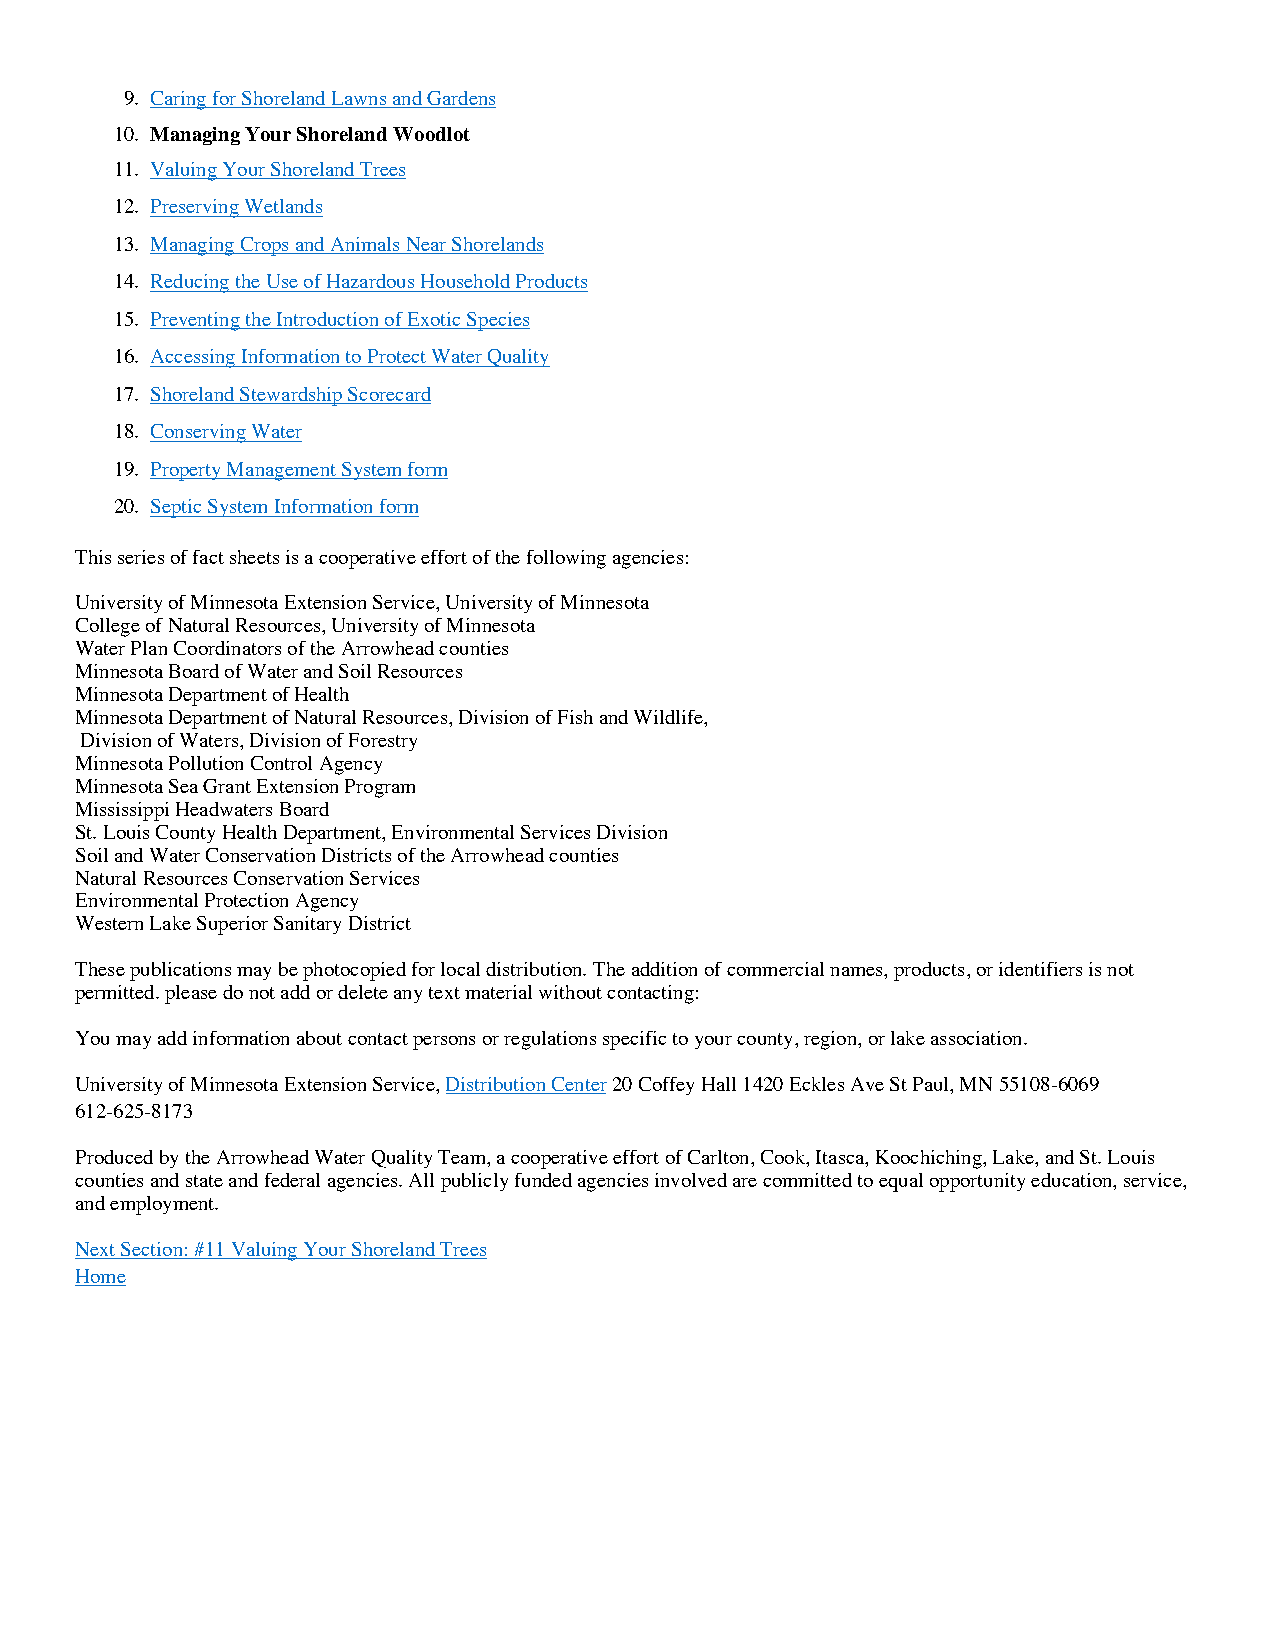
9. Caring for Shoreland Lawns and Gardens
 10. Managing Your Shoreland Woodlot
 11. Valuing Your Shoreland Trees
 12. Preserving Wetlands
 13. Managing Crops and Animals Near Shorelands
 14. Reducing the Use of Hazardous Household Products
 15. Preventing the Introduction of Exotic Species
 16. Accessing Information to Protect Water Quality
 17. Shoreland Stewardship Scorecard
 18. Conserving Water
 19. Property Management System form
 20. Septic System Information form
 This series of fact sheets is a cooperative effort of the following agencies:
 University of Minnesota Extension Service, University of Minnesota
 College of Natural Resources, University of Minnesota
 Water Plan Coordinators of the Arrowhead counties
 Minnesota Board of Water and Soil Resources
 Minnesota Department of Health
 Minnesota Department of Natural Resources, Division of Fish and Wildlife,
 Division of Waters, Division of Forestry
 Minnesota Pollution Control Agency
 Minnesota Sea Grant Extension Program
 Mississippi Headwaters Board
 St. Louis County Health Department, Environmental Services Division
 Soil and Water Conservation Districts of the Arrowhead counties
 Natural Resources Conservation Services
 Environmental Protection Agency
 Western Lake Superior Sanitary District
 These publications may be photocopied for local distribution. The addition of commercial names, products, or identifiers is not
 permitted. please do not add or delete any text material without contacting:
 You may add information about contact persons or regulations specific to your county, region, or lake association.
 University of Minnesota Extension Service, Distribution Center 20 Coffey Hall 1420 Eckles Ave St Paul, MN 55108-6069
 612-625-8173
 Produced by the Arrowhead Water Quality Team, a cooperative effort of Carlton, Cook, Itasca, Koochiching, Lake, and St. Louis
 counties and state and federal agencies. All publicly funded agencies involved are committed to equal opportunity education, service,
 and employment.
 Next Section: #11 Valuing Your Shoreland Trees
 Home